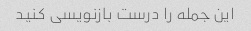
این جمله را درست بازنویسی کنید